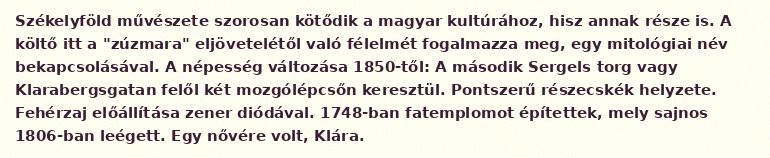
Székelyföld művészete szorosan kötődik a magyar kultúrához, hisz annak része is. A költő itt a "zúzmara" eljövetelétől való félelmét fogalmazza meg, egy mitológiai név bekapcsolásával. A népesség változása 1850-től: A második Sergels torg vagy Klarabergsgatan felől két mozgólépcsőn keresztül. Pontszerű részecskék helyzete. Fehérzaj előállítása zener diódával. 1748-ban fatemplomot építettek, mely sajnos 1806-ban leégett. Egy nővére volt, Klára.